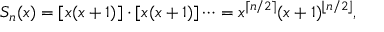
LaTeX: S _ { n } ( x ) = [ x ( x + 1 ) ] \cdot [ x ( x + 1 ) ] \cdots = x ^ { \lceil n / 2 \rceil } ( x + 1 ) ^ { \lfloor n / 2 \rfloor } ,